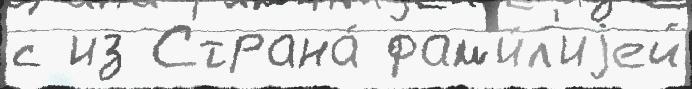
с из Страна́ фам'и́л'иjей